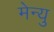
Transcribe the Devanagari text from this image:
मेन्‍यु